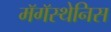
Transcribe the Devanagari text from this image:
मॅगॅस्थेनिस